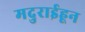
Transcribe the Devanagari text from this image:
मदुराईहून